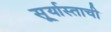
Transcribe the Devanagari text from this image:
सू्र्यास्ताची